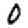
Digit: 0